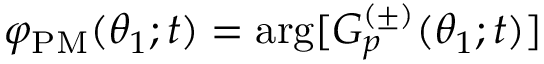
\varphi _ { \mathrm { P M } } ( \theta _ { 1 } ; t ) = \arg [ G _ { p } ^ { ( \pm ) } ( \theta _ { 1 } ; t ) ]